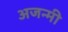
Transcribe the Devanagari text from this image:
अजन्मी